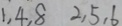
1 . 4 . 8 2 . 5 . 6